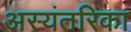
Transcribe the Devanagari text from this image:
अस्यंतरिका